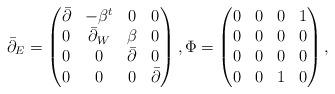
LaTeX: \begin{align*}\bar\partial_E = \begin{pmatrix} \bar\partial &-\beta^t & 0 & 0\\0&\bar\partial_W&\beta&0\\0&0&\bar\partial&0\\0&0&0&\bar\partial\end{pmatrix},\Phi=\begin{pmatrix} 0&0&0&1\\ 0&0&0&0\\ 0&0&0&0\\ 0&0&1&0 \end{pmatrix},\end{align*}